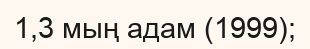
1,3 мың адам (1999);